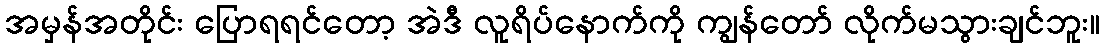
အမှန်အတိုင်း ပြောရရင်တော့ အဲဒီ လူရိပ်နောက်ကို ကျွန်တော် လိုက်မသွားချင်ဘူး။